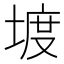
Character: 𡍨